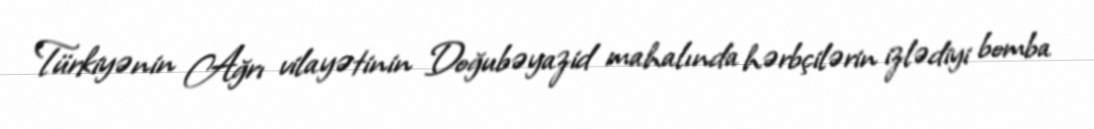
Türkiyənin Ağrı vilayətinin Doğubəyazid mahalında hərbçilərin izlədiyi bomba